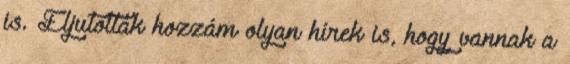
is. Eljutottak hozzám olyan hírek is, hogy vannak a